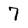
Character: 7